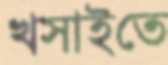
খসাইতে